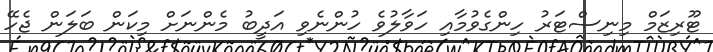
ޓޫރިޒަމް މިނިސްޓަރު ހިންގެވުމާއި ހަވާލުވެ ހުންނެވި އަދީބު މެންނަށް މިކަން ބަލަން ޖެހޭ